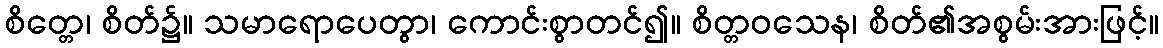
စိတ္တေ၊ စိတ်၌။ သမာရောပေတွာ၊ ကောင်းစွာတင်၍။ စိတ္တဝသေန၊ စိတ်၏အစွမ်းအားဖြင့်။